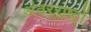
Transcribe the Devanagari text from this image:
अंतरराष्ट्रों